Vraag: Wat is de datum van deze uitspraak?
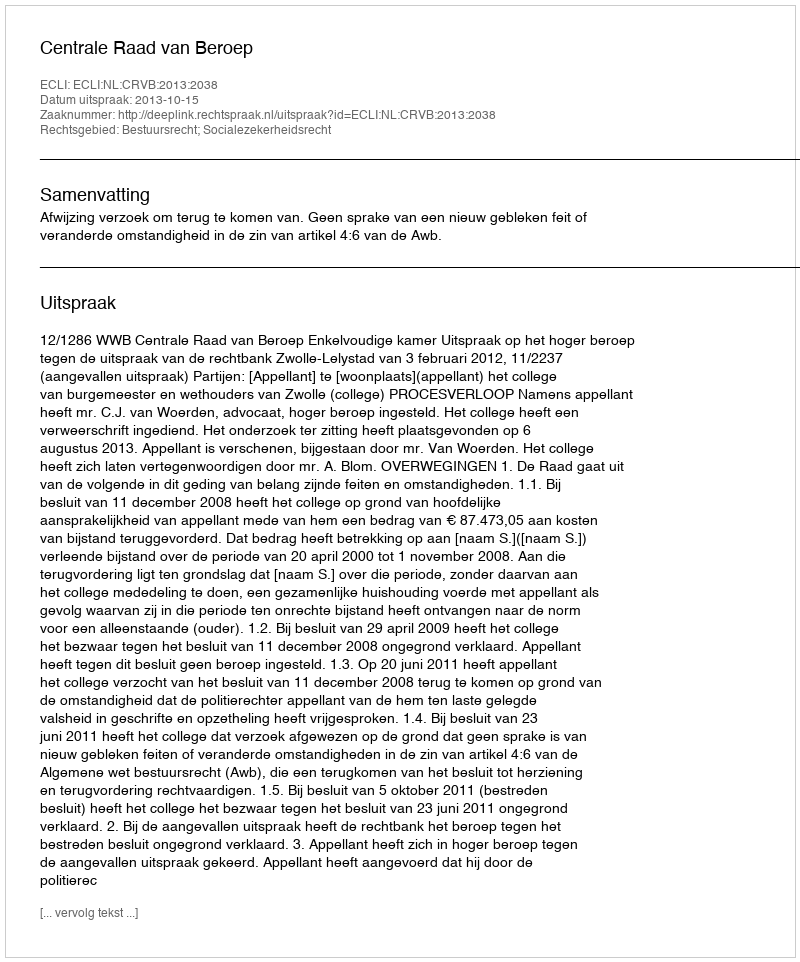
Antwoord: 2013-10-15